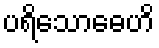
ပရိသောဓေဟိ